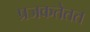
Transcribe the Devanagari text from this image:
प्रजकतेतत